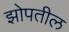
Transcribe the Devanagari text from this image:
झोपतील